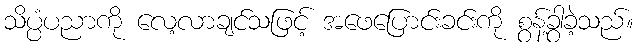
သိပ္ပံပညာကို လေ့လာချင်သဖြင့် အဖေပြောင်းခင်းကို စွန့်ခွာခဲ့သည်။